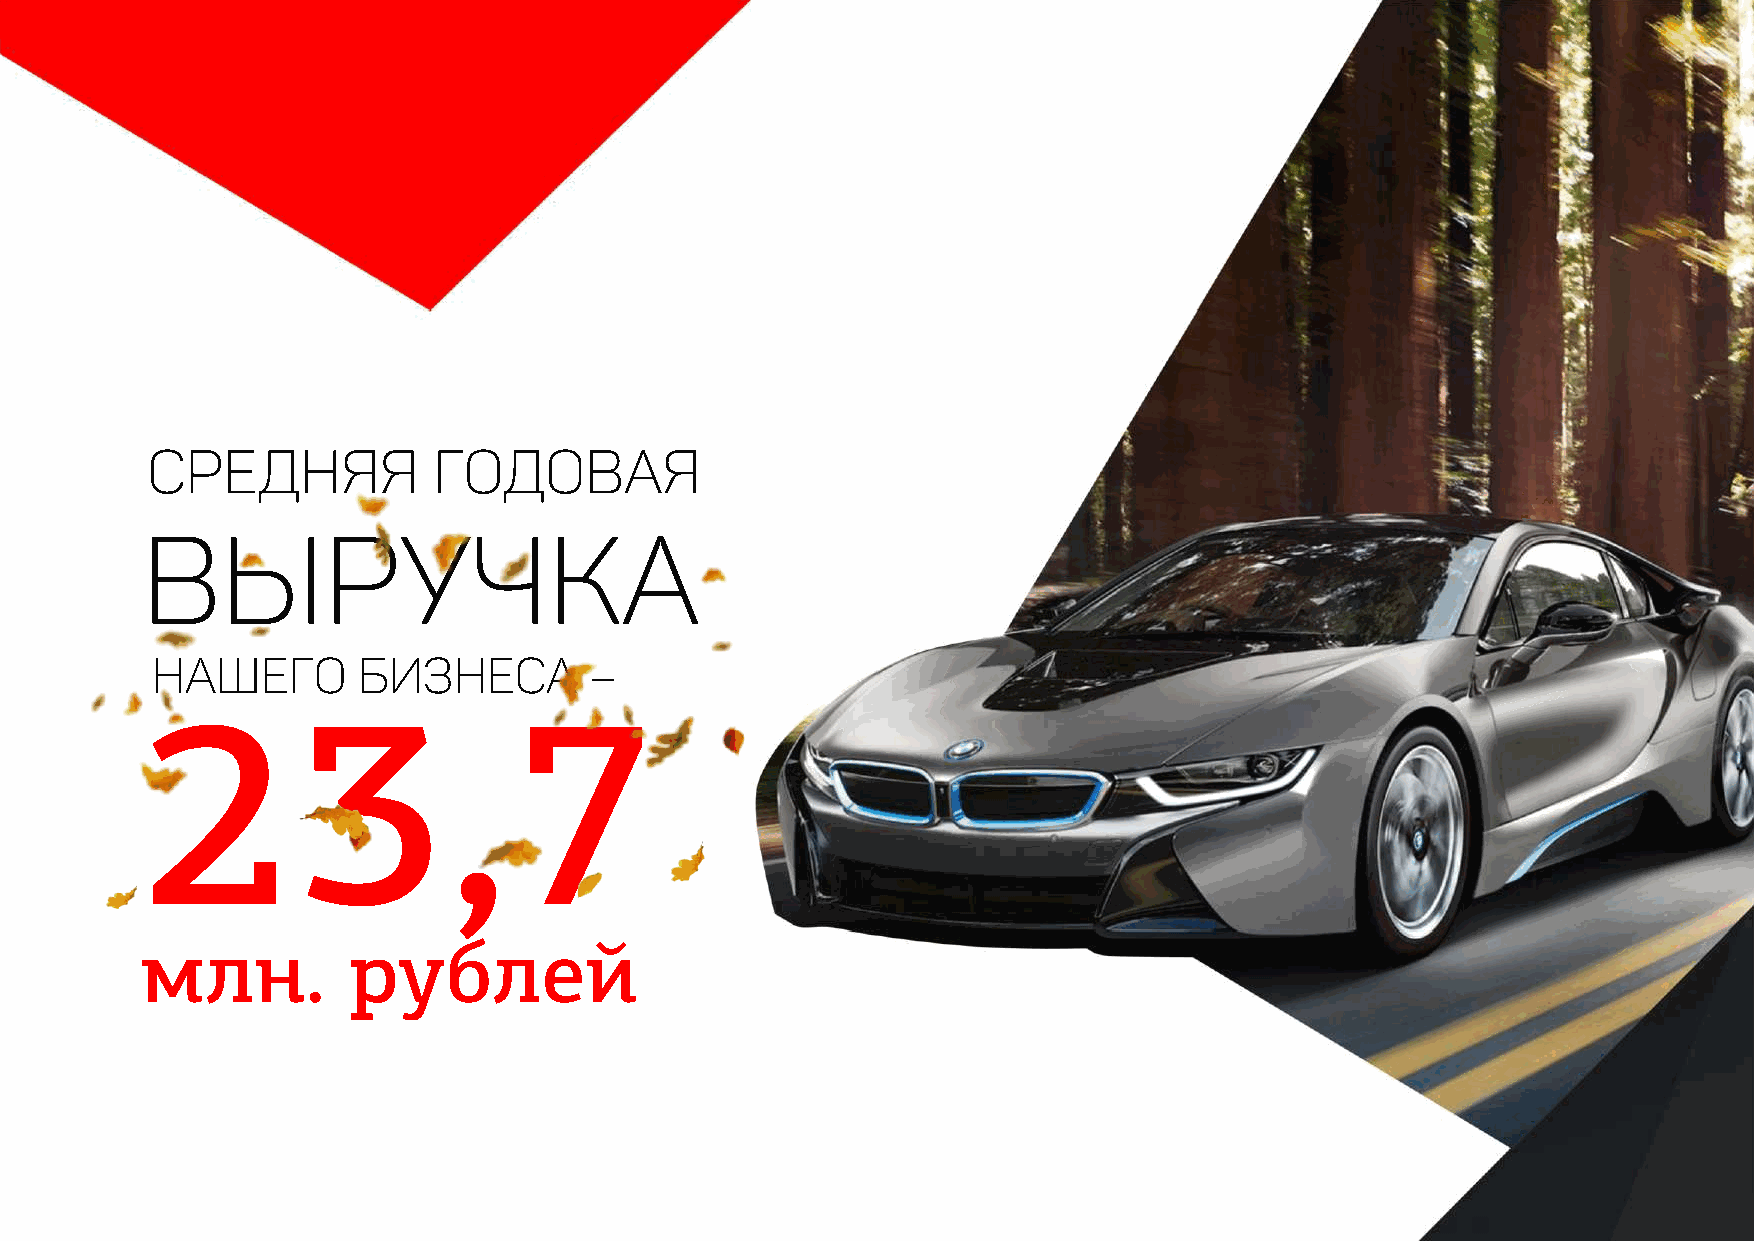
Средняя            годовая
 выручка
 нашего        бизнеса        –
 23,7
 млн.          рублей